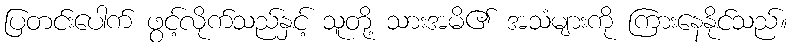
ပြတင်းပေါက် ဖွင့်လိုက်သည်နှင့် သူတို့ သားအမိ၏ အသံများကို ကြားနေနိုင်သည်။